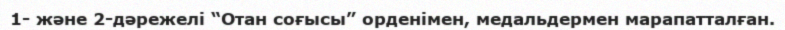
1- және 2-дәрежелі “Отан соғысы” орденімен, медальдермен марапатталған.